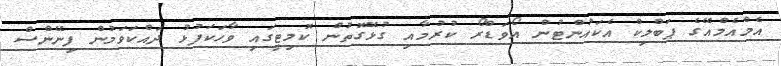
އެމްއެމްއޭގެ ޕަބްލިކް އެކައުންޓުން އޯވަޑްރޯ ކުރުމާއި ގުޅޭގޮތުން ކޮމިޓީގައި ވާހަކަފުޅު ދައްކަވަމުން ފިނޭންސް